Civil Veterinary Department Bengal reports 1933-51 - 1933-1951
Year: 1933
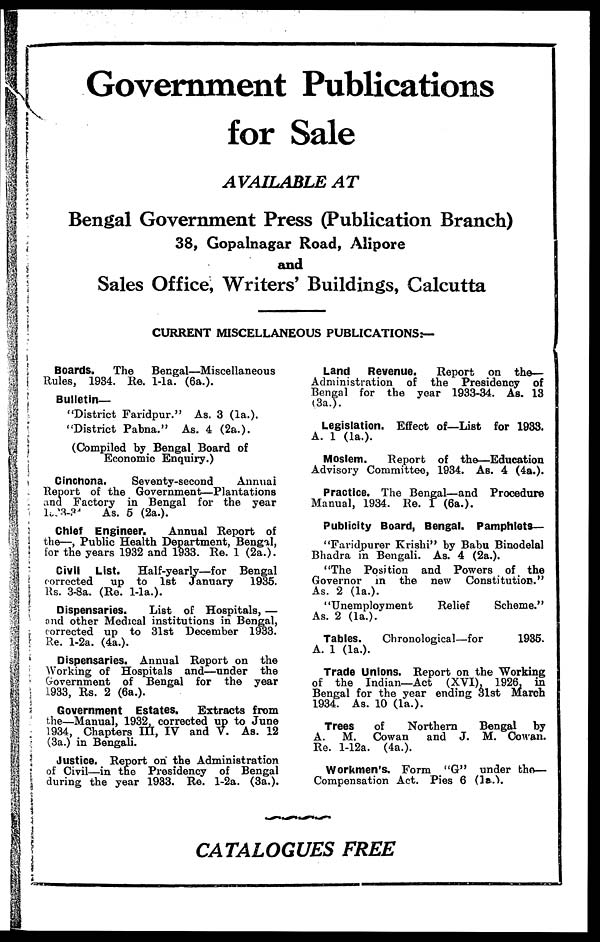
Government Publications
for Sale
AVAILABLE AT
Bengal Government Press (Publication Branch)
38, Gopalnagar Road, Alipore
and
Sales Office, Writers' Buildings, Calcutta
CURRENT MISCELLANEOUS PUBLICATIONS:—
Boards.
The
Bengal—Miscellaneous
Rules, 1934. Re. 1-la. (6a.).
Bulletin—
"District Faridpur." As. 3 (1a.).
"District Pabna." As. 4 (2a.).
(Compiled by Bengal Board of
Economic Enquiry.)
Cinchona.
Seventy-second
Annual
Report of the Government—Plantations
and Factory in Bengal for the year
1933-34 As. 5 (2a.).
Chief Engineer.
Annual Report of
the—, Public Health Department, Bengal,
for the years 1932 and 1933. Re. 1 (2a.).
Civil List.
Half-yearly—for Bengal
corrected
up to 1st January 1935.
Rs. 3-8a. (Re. 1-1a.).
Dispensaries.
List of Hospitals, —
and other Medical institutions in Bengal,
corrected up to 31st December 1933.
Re. l-2a. (4a.).
Dispensaries. Annual Report on the
Working of Hospitals and—under the
Government of Bengal for the year
1933, Rs. 2 (6a.).
Government Estates.
Extracts from
the—Manual, 1932, corrected up to June
1934, Chapters III, IV and V. As. 12
(3a.) in Bengali.
Justice. Report on the Administration
of Civil—in the Presidency of Bengal
during the year 1933. Re. 1-2a. (3a.).
Land
Revenue.
Report on the—
Administration of the Presidency of
Bengal for the year 1933-34. As. 13
(3a.).
Legislation. Effect of—List for 1933.
A. 1 (1a.).
Moslem.
Report of the—Education
Advisory Committee, 1934. As. 4 (4a.).
Practice. The Bengal—and Procedure
Manual, 1934. Re. 1 (6a.).
Publicity Board, Bengal. Pamphlets—
"Faridpurer Krishi" by Babu Binodelal
Bhadra in Bengali. As. 4 (2a.).
"The Position and Powers of the
Governor in the new Constitution."
As. 2 (1a.).
"Unemployment
Relief
Scheme."
As. 2 (1a.).
Tables.
Chronological—for
1935.
A. 1 (1a.).
Trade Unions. Report on the Working
of the Indian—Act (XVI), 1926, in
Bengal for the year ending 31st March
1934. As. 10 (1a.).
Trees
of
Northern
Bengal by
A. M. Cowan
and J. M. Cowan.
Re. l-12a. (4a.).
Workmen's. Form "G" under the—
Compensation Act. Pies 6 (1a.).
CATALOGUES FREE